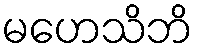
မဟေသိဘိ